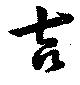
吉